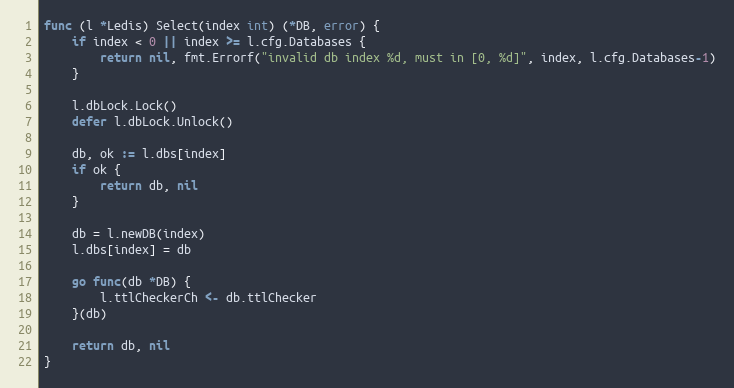
Language: Go
func (l *Ledis) Select(index int) (*DB, error) {
	if index < 0 || index >= l.cfg.Databases {
		return nil, fmt.Errorf("invalid db index %d, must in [0, %d]", index, l.cfg.Databases-1)
	}

	l.dbLock.Lock()
	defer l.dbLock.Unlock()

	db, ok := l.dbs[index]
	if ok {
		return db, nil
	}

	db = l.newDB(index)
	l.dbs[index] = db

	go func(db *DB) {
		l.ttlCheckerCh <- db.ttlChecker
	}(db)

	return db, nil
}